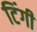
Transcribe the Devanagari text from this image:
टिंगी